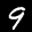
Label: 9